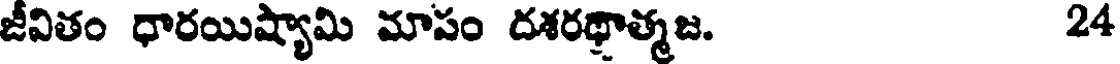
జీవితం ధారయిష్యామి మాపం దశరథ్రాత్మజ. 24